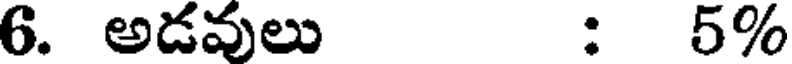
6. అడవులు : 5%